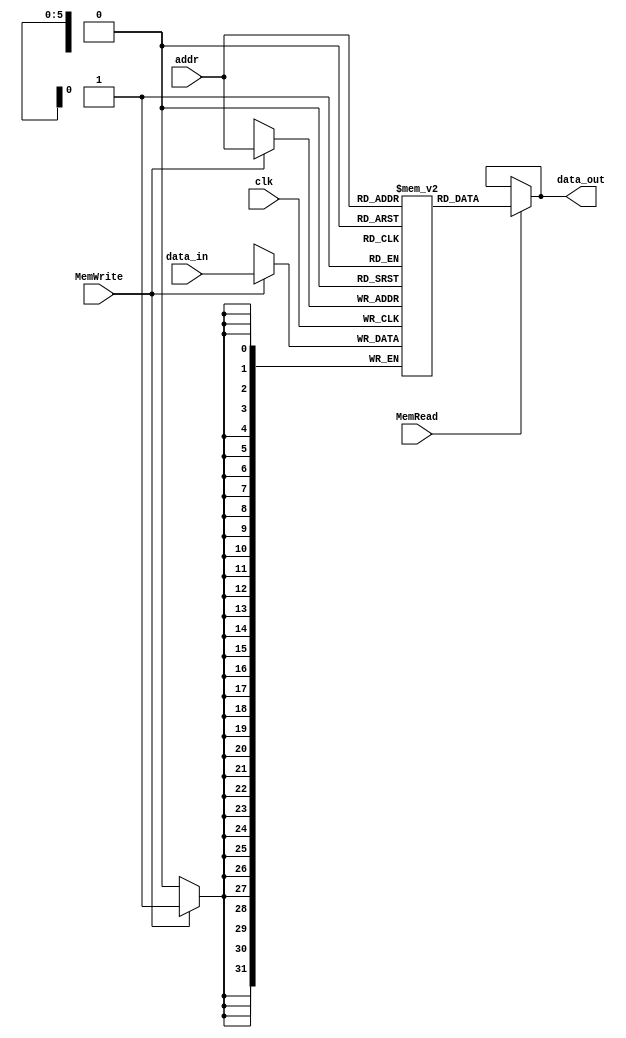
`timescale 1ns / 1ps
//////////////////////////////////////////////////////////////////////////////////
// Company: 
// Engineer: 
// 
// Design Name: 
// Module Name: DataMem
// Project Name: 
// Target Devices: 
// Tool Versions: 
// Description: 
// 
// Dependencies: 
// 
// Revision:
// Revision 0.01 - File Created
// Additional Comments:
// 
//////////////////////////////////////////////////////////////////////////////////

module DataMem(input clk, input MemRead, input MemWrite,
    input [5:0] addr, input [31:0] data_in, output [31:0] data_out);
    reg [31:0] mem [0:63];
    assign data_out = (MemRead)? mem[addr]: data_out; 
    initial begin
        mem[0]=32'd17;
        mem[1]=32'd9;
        mem[2]=32'd25;
    end
    always @ (posedge clk) begin
        if (MemWrite) begin 
            mem[addr] = data_in;
        end
    end
endmodule